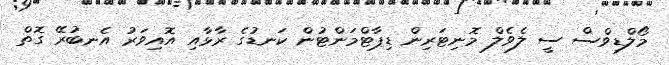
މޯލްޑިވްސް ސީ ލެވެލް މޮނިޓަރިން ޑިޕާޓްމަންޓުން ކަނޑުގެ ރާޅާއި އޮއިވަރު އެނބުރޭ ގޮތް